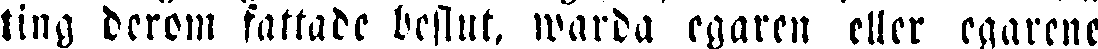
ting derom fattade beslut, warda egaren eller egarene